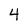
Character: 4